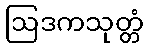
ဩဒကသုတ္တံ